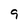
Character: 9